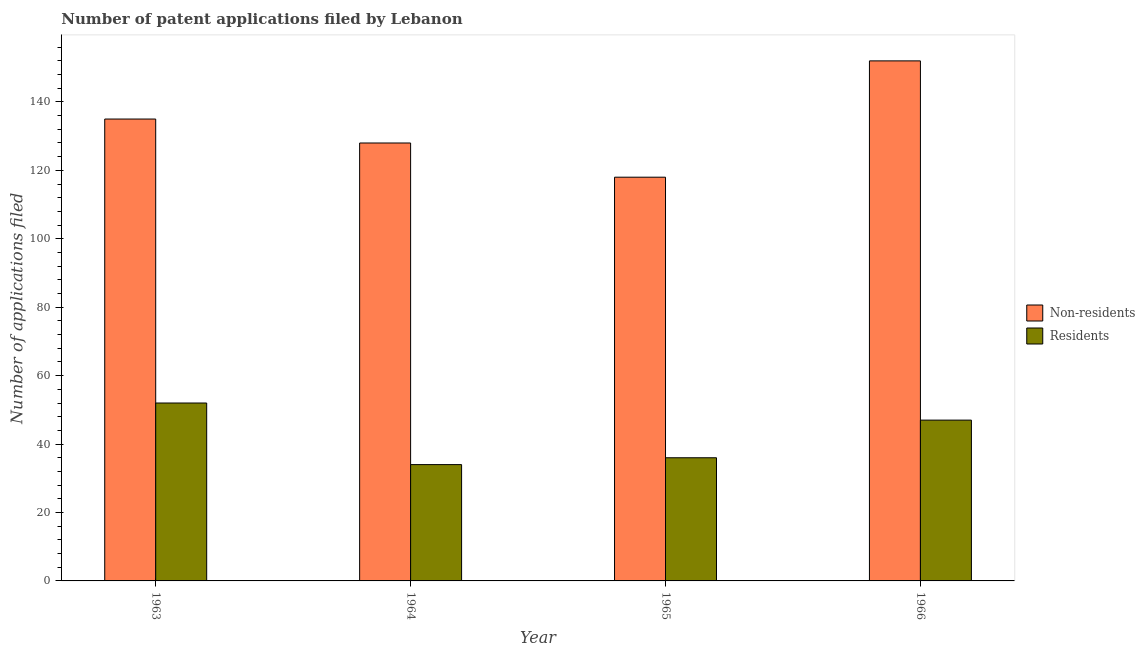
| Year | Non-residents | Residents |
 | --- | --- | --- |
 | 1963 | 135 | 52 |
 | 1964 | 128 | 34 |
 | 1965 | 118 | 36 |
 | 1966 | 152 | 47 |